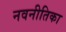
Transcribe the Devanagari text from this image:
नवनीतिका